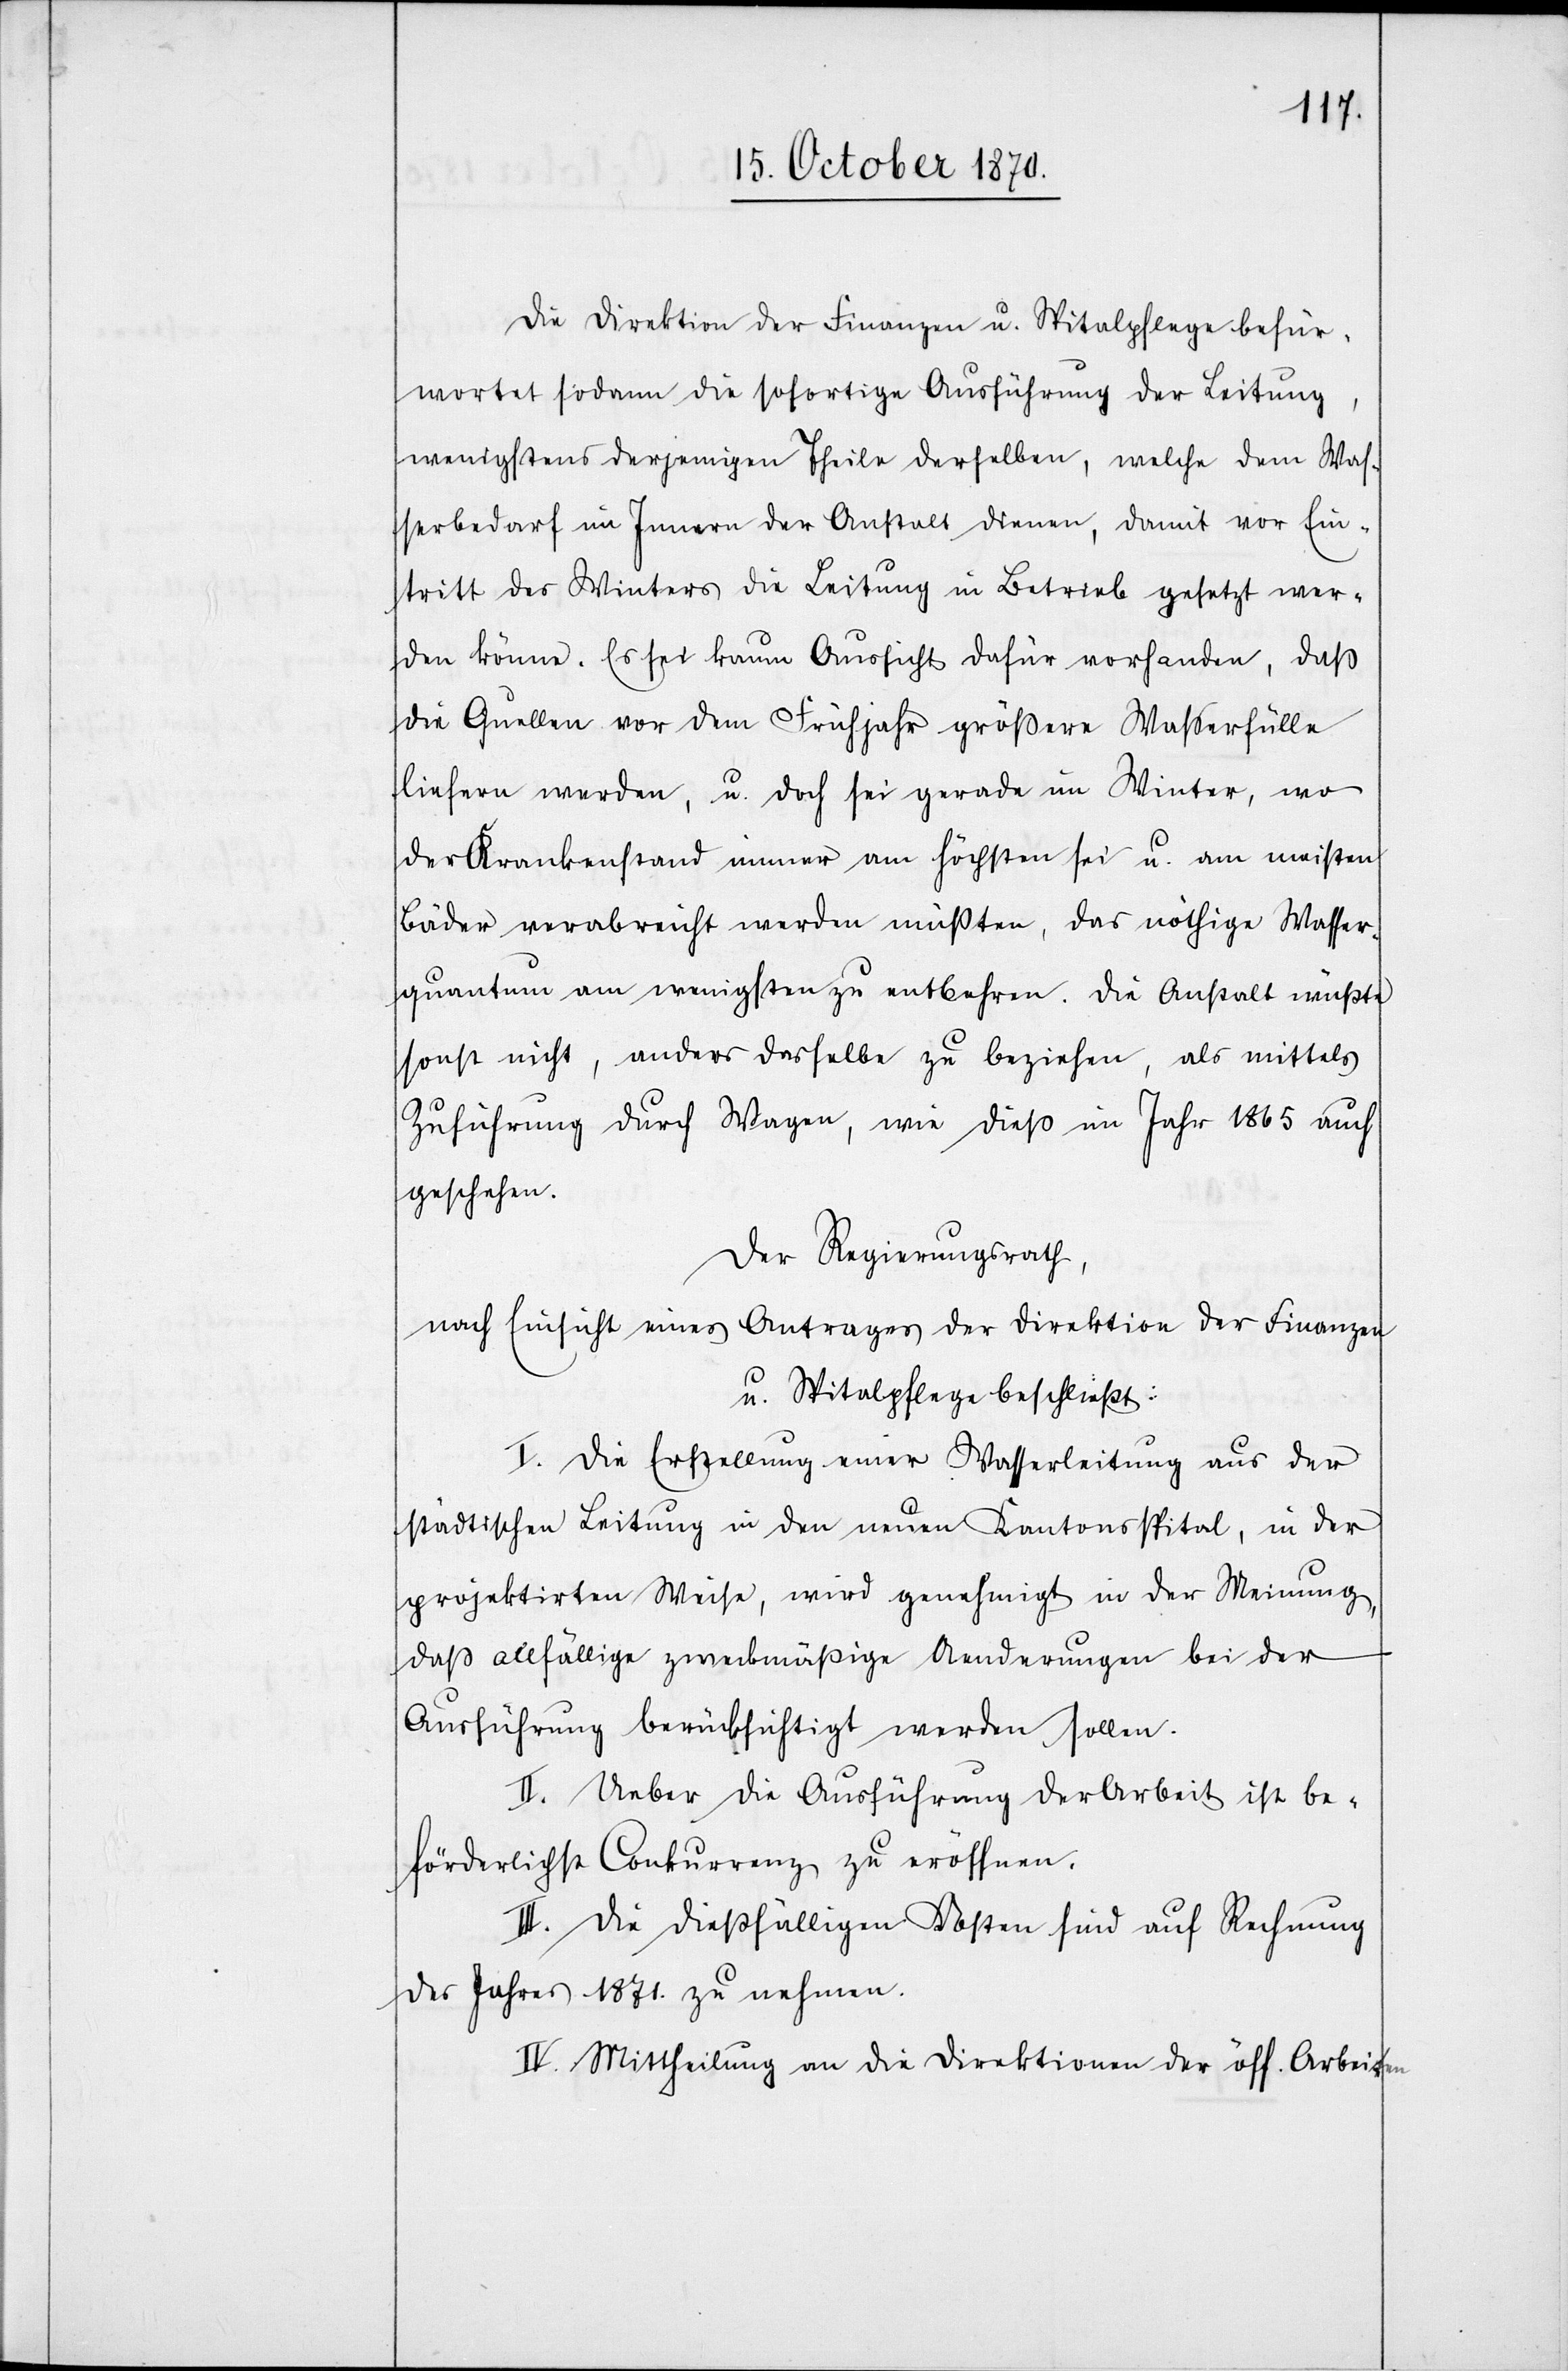
Die Direktion der Finanzen u. Spitalpflege befür¬
wortet sodann die sofortige Ausführung der Leitung,
wenigstens derjenigen Theile derselben, welche dem Waß¬
erbedarf im Innern der Anstalt dienen, damit vor Ein¬
tritt des Winters die Leitung in Betrieb gesetzt wer¬
den könne. Es sei kaum Aussicht dafür vorhanden, daß
die Quellen vor dem Frühjahr größere Waßerfülle
liefern werden, u. doch sei gerade im Winter, wo
der Krankenstand immer am höchsten sei u. am meisten
Bäder verabreicht werden müßten, das nöthige Wasser¬
quantum am wenigsten zu entbehren. Die Anstalt wüßte
sonst nicht, anders dasselbe zu beziehen, als mittels
Zuführung durch Wagen, wie dieß im Jahr 1865 auch
geschehen.
Der Regierungsrath,
nach Einsicht eines Antrages der Direktion der Finanzen
u.
I. Die Erstellung einer Wasserleitung aus der
städtischen Leitung in den neuen Kantonsspital, in der
projektirten Weise, wird genehmigt in der Meinung,
daß allfällige zweckmäßige Aenderungen bei der
Ausführung berücksichtigt werden sollen.
II. Ueber die Ausführung der Arbeit ist be¬
förderlichst Conkurrenz zu eröffnen.
III. Die dießfälligen Kosten sind auf Rechnung
des Jahres 1871 zu nehmen.
IV. Mittheilung an die Direktion der öff. Arbeiten